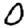
Digit: 0